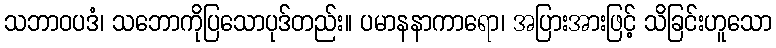
သဘာဝပဒံ၊ သဘောကိုပြသောပုဒ်တည်း။ ပမာနနာကာရော၊ အပြားအားဖြင့် သိခြင်းဟူသော